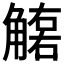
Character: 𧤮